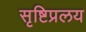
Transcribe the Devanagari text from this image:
सृष्टिप्रलय